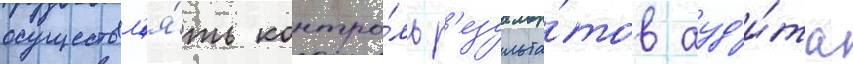
осуществл'я́ть контро́ль р'езульта́тов ауд'и́та